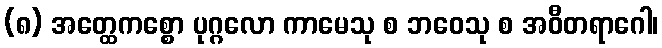
(၈) အတ္ထေကစ္စော ပုဂ္ဂလော ကာမေသု စ ဘဝေသု စ အဝီတရာဂေါ၊